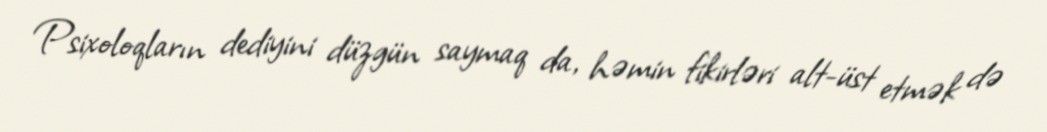
Psixoloqların dediyini düzgün saymaq da, həmin fikirləri alt-üst etmək də